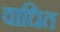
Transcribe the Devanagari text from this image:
वाधित